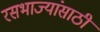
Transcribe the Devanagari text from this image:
रसभाज्यांसाठी